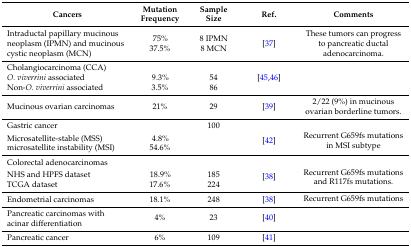
<table><thead><tr><td><b>Cancers</b></td><td><b>Mutation Frequency</b></td><td><b>Sample Size</b></td><td><b>Ref.</b></td><td><b>Comments</b></td></tr></thead><tbody><tr><td>Intraductal papillary mucinous neoplasm (IPMN) and mucinous cystic neoplasm (MCN)</td><td>75%37.5%</td><td>8 IPMN8 MCN</td><td>[37]</td><td>These tumors can progress to pancreatic ductal adenocarcinoma.</td></tr><tr><td>Cholangiocarcinoma (CCA) <i>O. viverrini</i> associated Non-<i>O. viverrini</i> associated</td><td> 9.3%3.5%</td><td> 5486</td><td>[45,46]</td><td></td></tr><tr><td>Mucinous ovarian carcinomas</td><td>21%</td><td>29</td><td>[39]</td><td>2/22 (9%) in mucinous ovarian borderline tumors.</td></tr><tr><td>Gastric cancer Microsatellite-stable (MSS) microsatellite instability (MSI)</td><td> 4.8%54.6%</td><td>100</td><td>[42]</td><td>Recurrent G659fs mutations in MSI subtype</td></tr><tr><td>Colorectal adenocarcinomas NHS and HPFS dataset TCGA dataset</td><td> 18.9%17.6%</td><td> 185224</td><td>[38]</td><td>Recurrent G659fs mutations and R117fs mutations.</td></tr><tr><td>Endometrial carcinomas</td><td>18.1%</td><td>248</td><td>[38]</td><td>Recurrent G659fs mutations</td></tr><tr><td>Pancreatic carcinomas with acinar differentiation</td><td>4%</td><td>23</td><td>[40]</td><td></td></tr><tr><td>Pancreatic cancer</td><td>6%</td><td>109</td><td>[41]</td><td></td></tr></tbody></table>